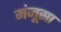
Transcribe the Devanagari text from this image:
मंजूसा